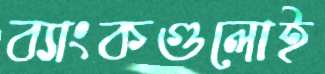
ব্যাংকগুলোই